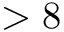
> 8